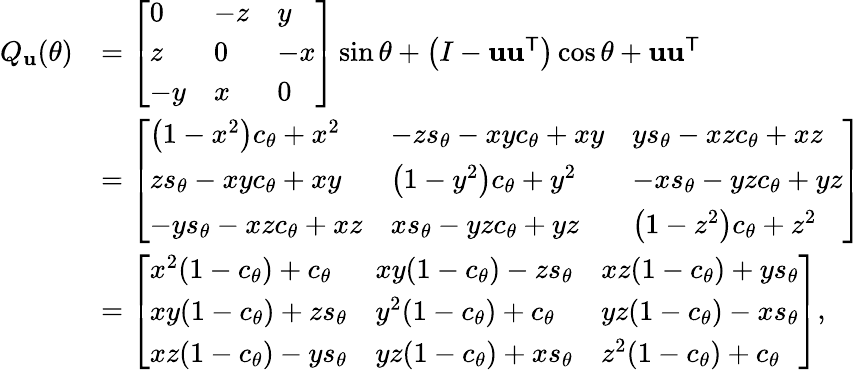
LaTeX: {\begin{array}{rl}{Q_{\mathbf{u}}(\theta)}&{={\left[\begin{array}{lll}{0}&{-z}&{y}\\ {z}&{0}&{-x}\\ {-y}&{x}&{0}\end{array}\right]}\sin\theta+\left(I-\mathbf{u}\mathbf{u}^{\mathsf{T}}\right)\cos\theta+\mathbf{u}\mathbf{u}^{\mathsf{T}}}\\ &{={\left[\begin{array}{lll}{\left(1-x^{2}\right)c_{\theta}+x^{2}}&{-zs_{\theta}-xyc_{\theta}+xy}&{ys_{\theta}-xzc_{\theta}+xz}\\ {zs_{\theta}-xyc_{\theta}+xy}&{\left(1-y^{2}\right)c_{\theta}+y^{2}}&{-xs_{\theta}-yzc_{\theta}+yz}\\ {-ys_{\theta}-xzc_{\theta}+xz}&{xs_{\theta}-yzc_{\theta}+yz}&{\left(1-z^{2}\right)c_{\theta}+z^{2}}\end{array}\right]}}\\ &{={\left[\begin{array}{lll}{x^{2}(1-c_{\theta})+c_{\theta}}&{xy(1-c_{\theta})-zs_{\theta}}&{xz(1-c_{\theta})+ys_{\theta}}\\ {xy(1-c_{\theta})+zs_{\theta}}&{y^{2}(1-c_{\theta})+c_{\theta}}&{yz(1-c_{\theta})-xs_{\theta}}\\ {xz(1-c_{\theta})-ys_{\theta}}&{yz(1-c_{\theta})+xs_{\theta}}&{z^{2}(1-c_{\theta})+c_{\theta}}\end{array}\right]},}\end{array}}